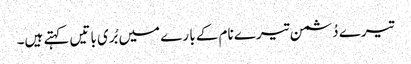
تیرے دُشمن تیرے نام کے با رے میں بُری باتیں کہتے ہیں۔